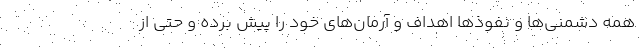
همه دشمنی‌ها و نفوذها اهداف و آرمان‌‌های خود را پیش برده و حتی از